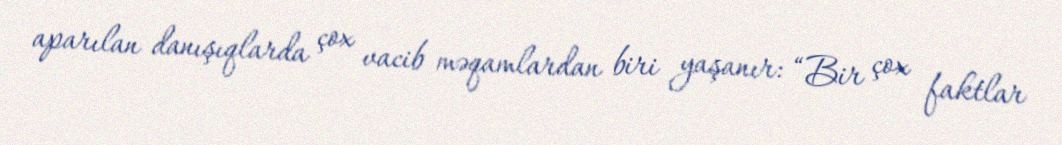
aparılan danışıqlarda çox vacib məqamlardan biri yaşanır: “Bir çox faktlar